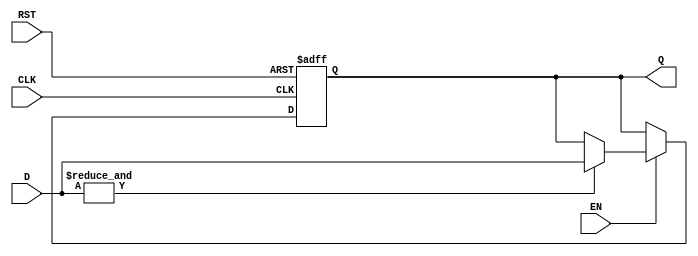
module barrier_register #(
    parameter N = 4 // Number of data inputs
)(
    input wire [N-1:0] D,     // Data inputs
    input wire EN,            // Enable signal
    input wire CLK,           // Clock signal
    input wire RST,           // Asynchronous reset
    output reg [N-1:0] Q      // Output
);

// Asynchronous reset
always @(posedge CLK or posedge RST) begin
    if (RST) begin
        Q <= 0; // Initialize output to zero on reset
    end else if (EN) begin
        // Check if all inputs are valid (non-zero)
        if (&D) begin  // All bits in D must be 1 for the condition to be met
            Q <= D;   // Update output with current data inputs
        end
        // If the condition is not met, Q retains its previous value
    end
end

endmodule